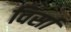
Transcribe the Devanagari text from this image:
विर्सा